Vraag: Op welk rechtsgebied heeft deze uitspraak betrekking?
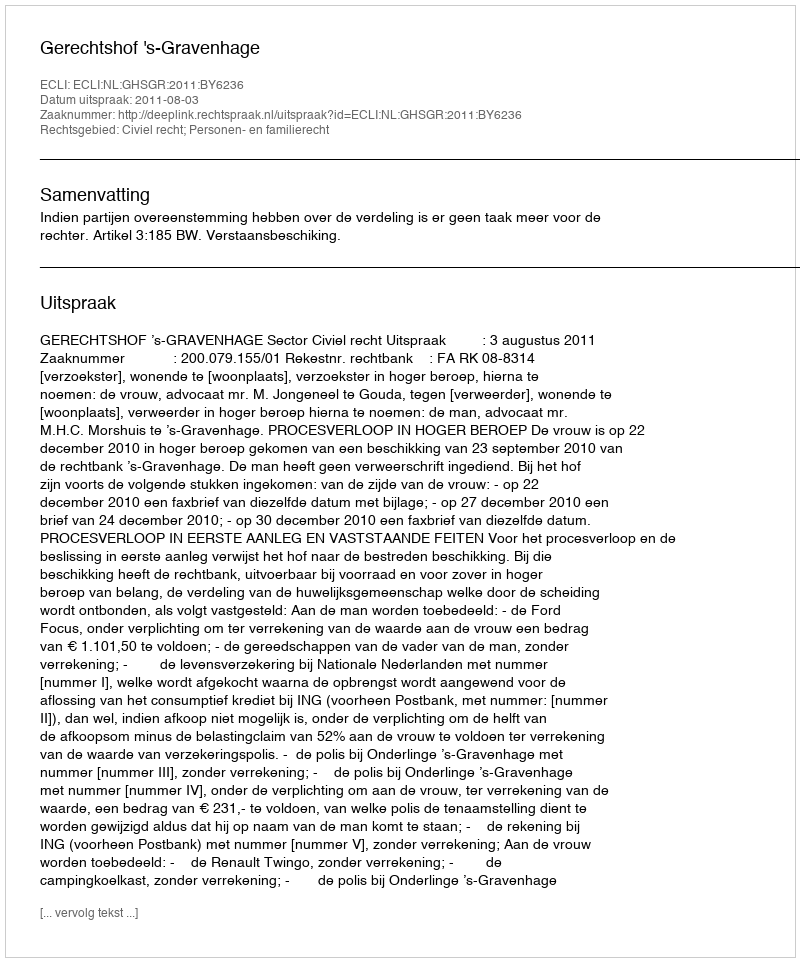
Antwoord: Civiel recht; Personen- en familierecht